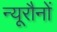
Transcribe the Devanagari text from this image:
न्यूरौनों